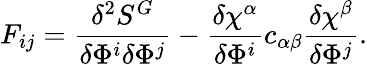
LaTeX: F_{ij}=\frac{\delta^{2}S^{G}}{\delta\Phi^{i}\delta\Phi^{j}}-\frac{\delta\chi^{\alpha}}{\delta\Phi^{i}}c_{\alpha\beta}\frac{\delta\chi^{\beta}}{\delta\Phi^{j}}.